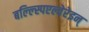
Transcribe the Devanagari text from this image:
बल्ल्स्पिएल्वेरेइन्